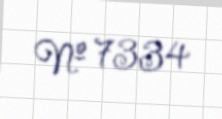
№ 7334